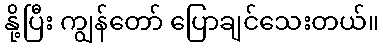
နို့ပြီး ကျွန်တော် ပြောချင်သေးတယ်။